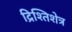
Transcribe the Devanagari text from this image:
द्रिश्तिशेत्र